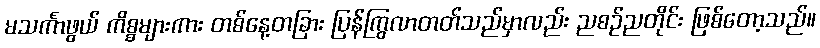
မသင်္ကာဖွယ် ကိစ္စများကား တစ်နေ့တခြား ပြန်ကြွလာတတ်သည်မှာလည်း ညစဉ်ညတိုင်း ဖြစ်တော့သည်။